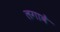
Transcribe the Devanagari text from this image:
लगावें